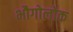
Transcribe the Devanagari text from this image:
भौगोलोक